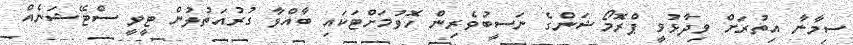
ސިމާނާ އިތުރަށް ވިދާޅުވީ ޕްރޮމޯޝަންގެ ނަސީބުވެރިން ހޮވުމަށްޓަކައި ބާއްވާ ގުރުއަތުލުން ޓީވީ ސްޓޭޝަނެއް